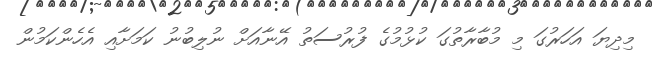
މިދިޔަ އަހަރުގަ މި މުބާރާތުގަ ކުޅުމުގެ ފުރުސަތު އޭނާއަށް ނުލިބުނު ކަމަށާއި އެހެންކަމުން